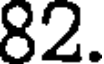
82.